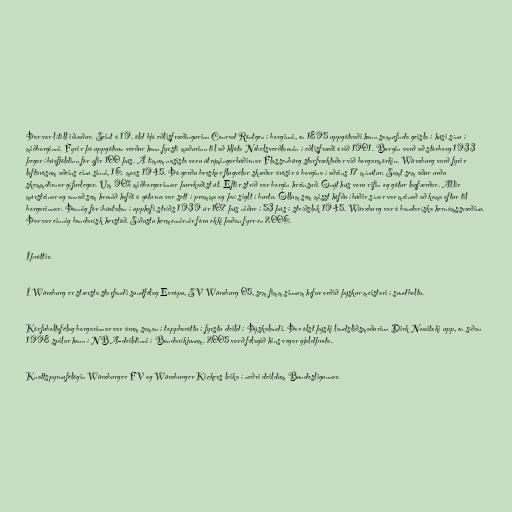
Þar var lítill iðnaður. Seint á 19. öld bjó eðlisfræðingurinn Conrad Röntgen í borginni, en 1895 uppgötvaði hann samnefnda geisla í húsi sínu í
miðborginni. Fyrir þá uppgötvun verður hann fyrsti maðurinn til að hljóta Nóbelsverðlaunin í eðlisfræði árið 1901. Borgin varð að stórborg 1933
þegar íbúafjöldinn fór yfir 100 þús. Á tímum nasista voru útrýmingarbúðirnar Flossenbürg starfræktaðar við borgarmörkin. Würzburg varð fyrir
loftárásum aðeins einu sinni, 16. mars 1945. Þá gerðu breskar flugvélar skæðar árásir á borgina í aðeins 17 mínútur. Samt sem áður urðu
skemmdirnar gífurlegar. Um 90% miðborgarinnar þurrkaðist út. Eftir stríð var borgin hreinsuð. Ónýt hús voru rifin og götur lagfærðar. Allir
múrsteinar og annað sem hrunið hafði á göturna var sett í pramma og því siglt í burtu. Öllum sem misst höfðu íbúðir sínar var meinað að koma aftur til
borgarinnar. Þannig fór íbúatalan í upphafi stríðs 1939 úr 107 þús niður í 53 þús í stríðslok 1945. Würzburg var á bandaríska hernámssvæðinu.
Þar var einnig bandarísk herstöð. Síðustu hermennirnir fóru ekki þaðan fyrr en 2006.

Íþróttir.

Í Würzburg er stærsta starfandi sundfélag Evrópu, SV Würzburg 05, sem fimm sinnum hefur orðið þýskur meistari í sundbolta.

Körfuboltafélag borgarinnar var árum saman í toppbaráttu í fyrstu deild í Þýskalandi. Þar ólst þýski landsliðsmaðurinn Dirk Nowitzki upp, en síðan
1998 spilar hann í NBA-deildinni í Bandaríkjunum. 2005 varð félagið hins vegar gjaldþrota.

Knattspyrnufélögin Würzburger FV og Würzburger Kickers leika í neðri deildum Bundesligunnar.